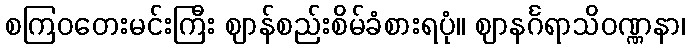
စကြဝတေးမင်းကြီး ဈာန်စည်းစိမ်ခံစားရပုံ။ ဈာနင်္ဂရာသိဝဏ္ဏနာ၊